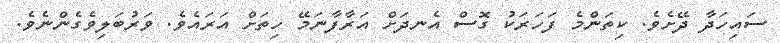
ސައިހަދާ ދޭށެވެ. ކިތަންމެ ފަހަރަކު ގޮސް އެނދަށް އަރާފާނަމޭ ހިތަށް އަރައެވެ. ވަރުބަލިވެގެންނެވެ.